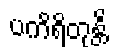
ပကိရိတုန္တိ